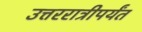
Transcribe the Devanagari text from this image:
उत्तररात्रीपर्यंत